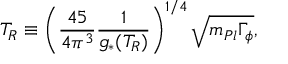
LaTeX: T _ { R } \equiv \left( \frac { 4 5 } { 4 \pi ^ { 3 } } \frac { 1 } { g _ { * } ( T _ { R } ) } \right) ^ { 1 / 4 } \sqrt { m _ { P l } \Gamma _ { \phi } } ,